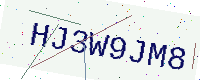
Text: HJ3W9JM8